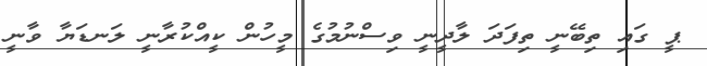
ޕީ ގައި ތިބޭނީ ތިފަދަ ލާދީނީ ވިސްނުމުގެ މީހުން ކީއްކުރާނީ ލަނޑަޔާ ވާނީ